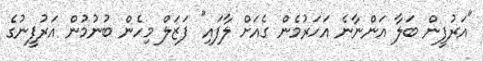
"އަރުފީން ބަލާ އަންނާނެ އަހަރުމެން ގެއަށް ލާފައި" ފަޒަލް މިހެން ބުނުމުން އަރުފީނުގެ